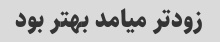
زود‌تر میامد بهتر بود